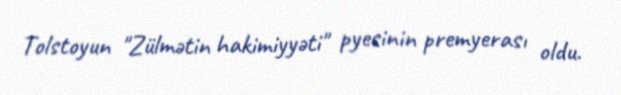
Tolstoyun "Zülmətin hakimiyyəti" pyesinin premyerası oldu.